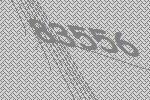
83556